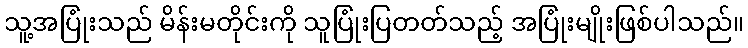
သူ့အပြုံးသည် မိန်းမတိုင်းကို သူပြုံးပြတတ်သည့် အပြုံးမျိုးဖြစ်ပါသည်။